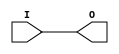
// This program was cloned from: https://github.com/Xilinx/XilinxUnisimLibrary
// License: Apache License 2.0

///////////////////////////////////////////////////////////////////////////////
//    Copyright (c) 1995/2004 Xilinx, Inc.
// 
//    Licensed under the Apache License, Version 2.0 (the "License");
//    you may not use this file except in compliance with the License.
//    You may obtain a copy of the License at
// 
//        http://www.apache.org/licenses/LICENSE-2.0
// 
//    Unless required by applicable law or agreed to in writing, software
//    distributed under the License is distributed on an "AS IS" BASIS,
//    WITHOUT WARRANTIES OR CONDITIONS OF ANY KIND, either express or implied.
//    See the License for the specific language governing permissions and
//    limitations under the License.
///////////////////////////////////////////////////////////////////////////////
//   ____  ____
//  /   /\/   /
// /___/  \  /    Vendor : Xilinx
// \   \   \/     Version : 10.1
//  \   \         Description : Xilinx Functional Simulation Library Component
//  /   /                  General Purpose Buffer
// /___/   /\     Filename : BUF.v
// \   \  /  \    Timestamp : Thu Mar 25 16:42:13 PST 2004
//  \___\/\___\
//
// Revision:
//    03/23/04 - Initial version.
//    05/23/07 - Changed timescale to 1 ps / 1 ps.
//    12/13/11 - Added `celldefine and `endcelldefine (CR 524859).
// End Revision

`timescale  1 ps / 1 ps


`celldefine

module BUF (O, I);


`ifdef XIL_TIMING

    parameter LOC = "UNPLACED";

`endif

    output O;
    input I;
    
    buf B1 (O, I);

`ifdef XIL_TIMING

    specify

	(I => O) = (0:0:0, 0:0:0);
	specparam PATHPULSE$ = 0;
	
    endspecify

`endif
    
endmodule

`endcelldefine